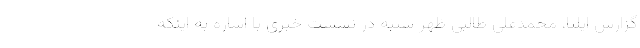
گزارش ایلنا، محمدعلی طالبی ظهر شنبه در نشست خبری با اشاره به اینکه